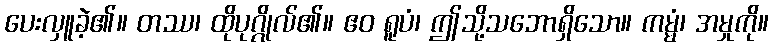
ပေးလှူခဲ့၏။ တဿ၊ ထိုပုဂ္ဂိုလ်၏။ ဧဝ ရူပံ၊ ဤသို့သဘောရှိသော။ ကမ္မံ၊ အမှုကို။